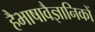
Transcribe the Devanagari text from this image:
हैभाषावैज्ञानिकों